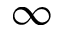
\infty